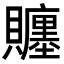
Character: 𧸳